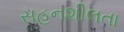
સહનશીલતા